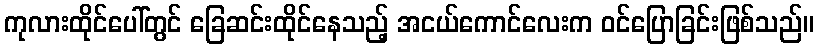
ကုလားထိုင်ပေါ်တွင် ခြေဆင်းထိုင်နေသည့် အငယ်ကောင်လေးက ဝင်ပြောခြင်းဖြစ်သည်။